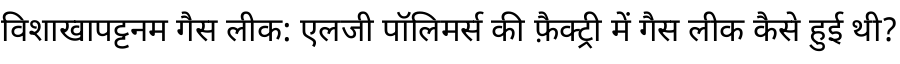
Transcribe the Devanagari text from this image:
विशाखापट्टनम गैस लीक: एलजी पॉलिमर्स की फ़ैक्ट्री में गैस लीक कैसे हुई थी?